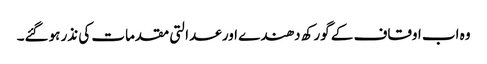
وہ اب اوقاف کے گورکھ دھندے اور عدالتی مقدمات کی نذر ہوگئے۔